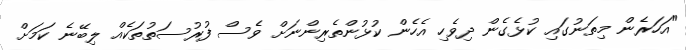
"އަހަރެން މިތަނުގައި ކުޅެގެން ދިވެހި އެހެން ކުޅުންތެރިންނަށް ވެސް ފުރުސަތުތަކެއް ލިބޭނެ ކަމަށް